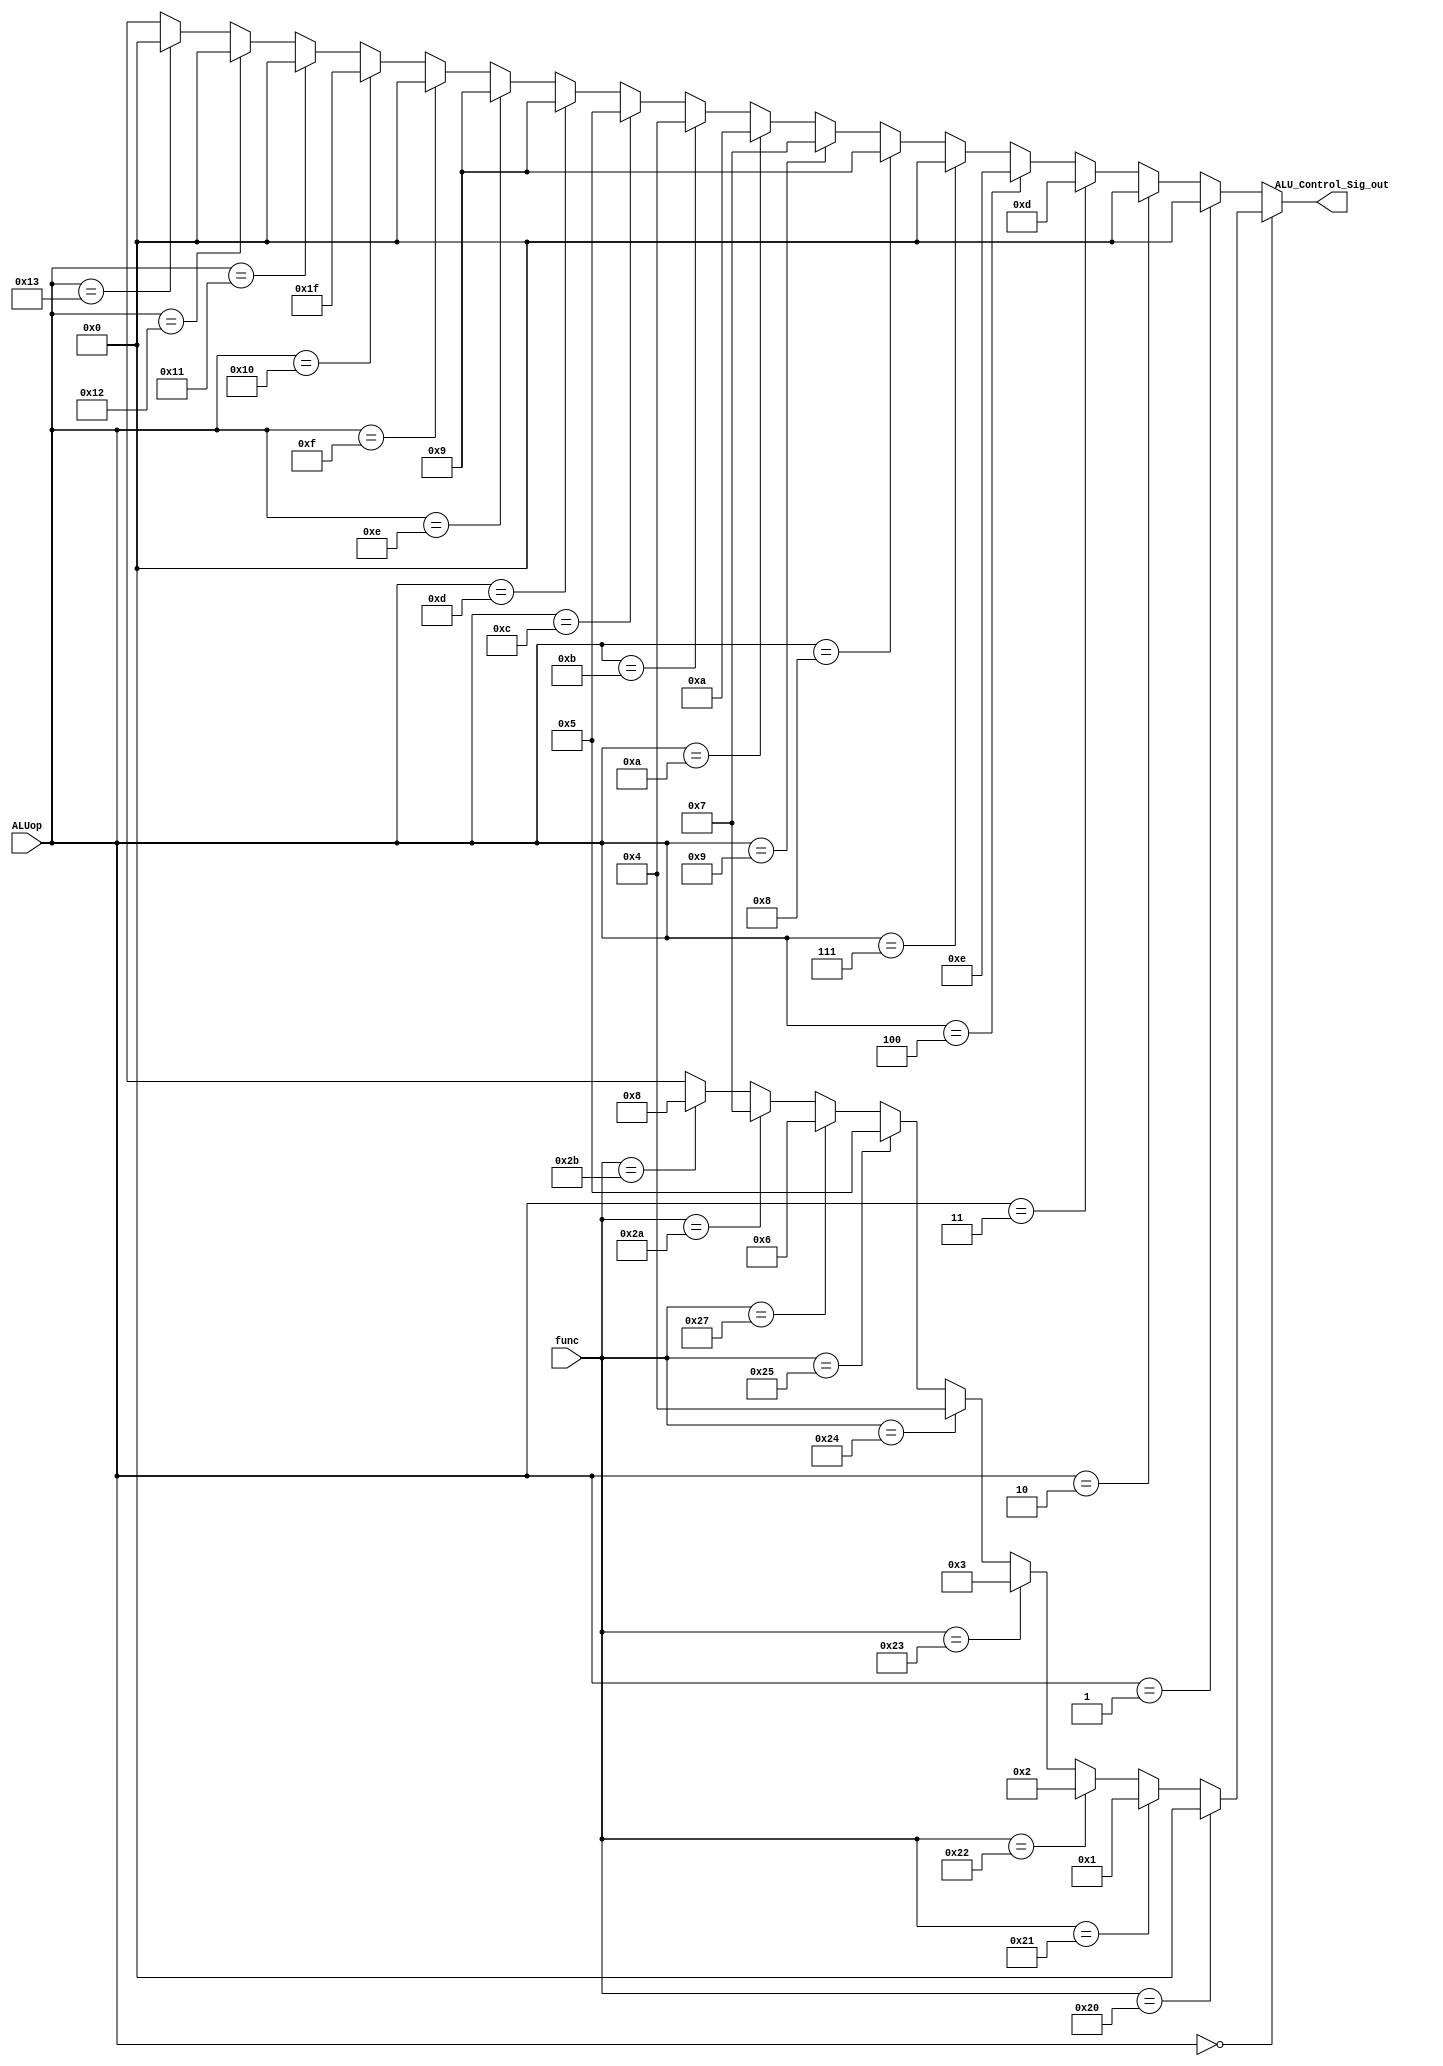
module ALU_Control_Sig(ALUop, func, ALU_Control_Sig_out);

input [4:0] ALUop;
input [5:0] func;
output [4:0] ALU_Control_Sig_out;

wire [4:0]  Rtype_sig;




assign Rtype_sig =  (func == 6'b100000) ? ( 5'b00000 ) :  // add
					     (func == 6'b100001) ? ( 5'b00001 ) :  // addu
					     (func == 6'b100010) ? ( 5'b00010 ) :  // sub
						  (func == 6'b100011) ? ( 5'b00011 ) :  // subu
						  (func == 6'b100100) ? ( 5'b00100 ) :  // and
						  (func == 6'b100101) ? ( 5'b00101 ) :  // or
						  (func == 6'b100111) ? ( 5'b00110 ) :  // nor
						  (func == 6'b101010) ? ( 5'b00111 ) :  // slt
						  (func == 6'b101011) ? ( 5'b01000 ) :  // sltu
						  
						 
						   5'bx ;

						

assign ALU_Control_Sig_out = (ALUop == 5'b00000) ? ( Rtype_sig ) :  // R type
									  (ALUop == 5'b00001) ? ( 5'b00000 ) :  // lw
									  (ALUop == 5'b00010) ? ( 5'b00000 ) :  // sw
									  (ALUop == 5'b00011) ? ( 5'b01101 ) :  // beq
									  (ALUop == 5'b00100) ? ( 5'b01110 ) :  // bne 
									 
									  (ALUop == 5'b00111) ? ( 5'b00000 ) :  // addi
									  (ALUop == 5'b01000) ? ( 5'b01001 ) :  // addiu
									  (ALUop == 5'b01001) ? ( 5'b00111 ) :  // slti
									  (ALUop == 5'b01010) ? ( 5'b01010 ) :  // sltiu
									  (ALUop == 5'b01011) ? ( 5'b00100 ) :  // andi
									  (ALUop == 5'b01100) ? ( 5'b00101 ) :  // ori
										
									 (ALUop == 5'b01101) ? ( 5'b01001 ) :  // lbu
									 (ALUop == 5'b01110) ? ( 5'b01001 ) :  // lhu
									 (ALUop == 5'b01111) ? ( 5'b00000 ) :  // ll
									 (ALUop == 5'b10000) ? ( 5'b11111 ) :  // lui
									 
									 (ALUop == 5'b10001) ? ( 5'b00000 ) :  // sb
									 (ALUop == 5'b10010) ? ( 5'b00000 ) :  // sc
									 (ALUop == 5'b10011) ? ( 5'b00000 ) :  // sh									  
									  5'bx ;

										
					

endmodule